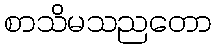
စာသိမသညတော